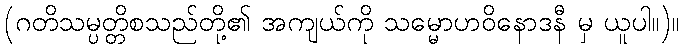
(ဂတိသမ္ပတ္တိစသည်တို့၏ အကျယ်ကို သမ္မောဟဝိနောဒနီ မှ ယူပါ။)။